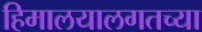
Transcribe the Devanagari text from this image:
हिमालयालगतच्या